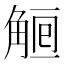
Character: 𧣰